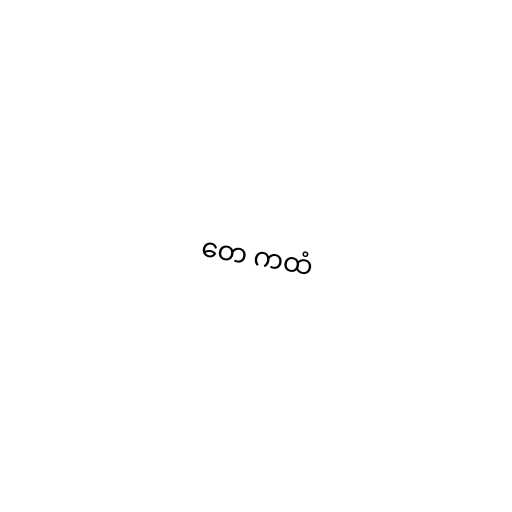
တေ ကထံ